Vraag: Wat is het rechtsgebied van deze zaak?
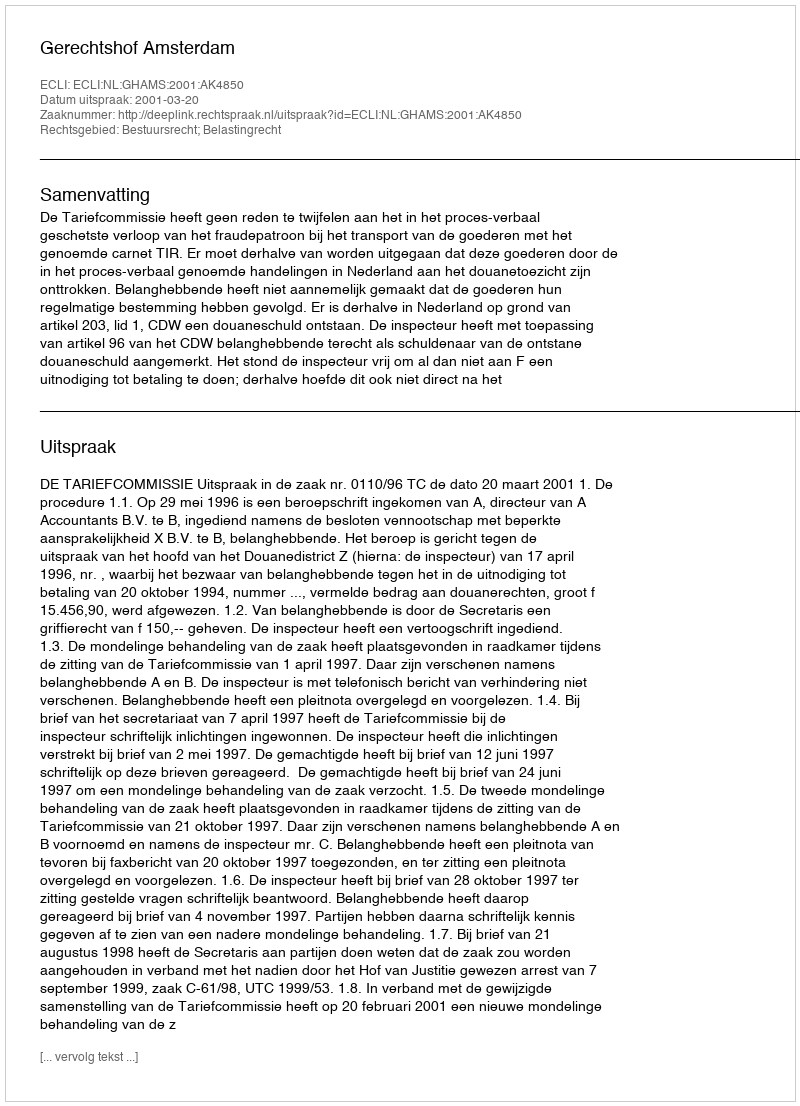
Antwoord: Bestuursrecht; Belastingrecht